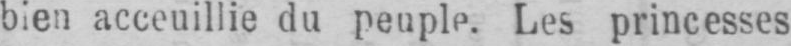
bien acceuillie du peuple. Les princesses